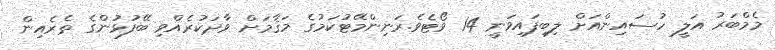
މެމްބަރު އަލީ ހުސައިންއަށް ލިބިފައިވަނީ 14 ވޯޓެވެ.ރަނިންމޭޓުކަމުގެ މަޤާމަށް ވާދަކުރެއްވި ބޭފުޅުންގެ ތެރެއިން